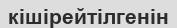
кішірейтілгенін